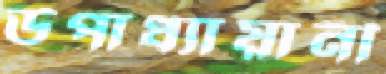
উপাধ্যায়ানী